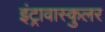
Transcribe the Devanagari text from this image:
इंट्रावास्कुलर